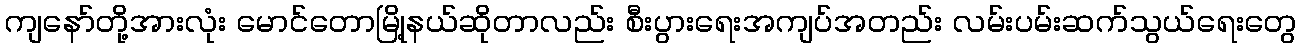
ကျနော်တို့အားလုံး မောင်တောမြို့နယ်ဆိုတာလည်း စီးပွားရေးအကျပ်အတည်း လမ်းပမ်းဆက်သွယ်ရေးတွေ